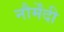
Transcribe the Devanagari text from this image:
नौर्मेंदी